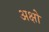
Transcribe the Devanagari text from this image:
अक्षो